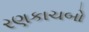
રણકાચબો